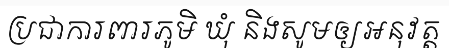
ប្រជាការពារភូមិ ឃុំ និងសូមឲ្យអនុវត្ត